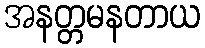
အနတ္တမနတာယ